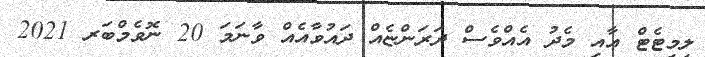
ލިމިޓެޓް އާއި މެދު އެއްވެސް ދަރަންޏެއް ދައުވާއެއް ވާނަމަ 20 ނޮވެމްބަރ 2021